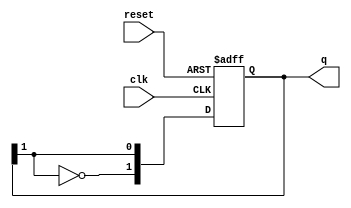
module JohnsonCounter #(
    parameter N = 2 // Parameter for the bit width of the counter (default is 2)
)(
    input wire clk,       // Clock input
    input wire reset,     // Asynchronous reset input
    output reg [N-1:0] q  // Output register for the current counter state
);

// Always block for the Johnson counter behavior
always @(posedge clk or posedge reset) begin
    if (reset) begin
        // Initialize the counter to 0 on reset
        q <= {N{1'b0}};
    end else begin
        // Shift the register right and feed back the inverted last bit
        q <= {~q[N-1], q[N-1:N-1]}; // The inverted last bit to the first position
    end
end

endmodule